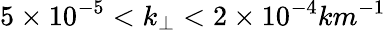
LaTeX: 5\times 10^{-5}<k_{\perp}<2\times 10^{-4}km^{-1}